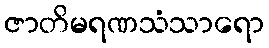
ဇာတိမရဏသံသာရော